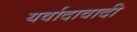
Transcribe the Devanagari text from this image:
यर्वादावादी